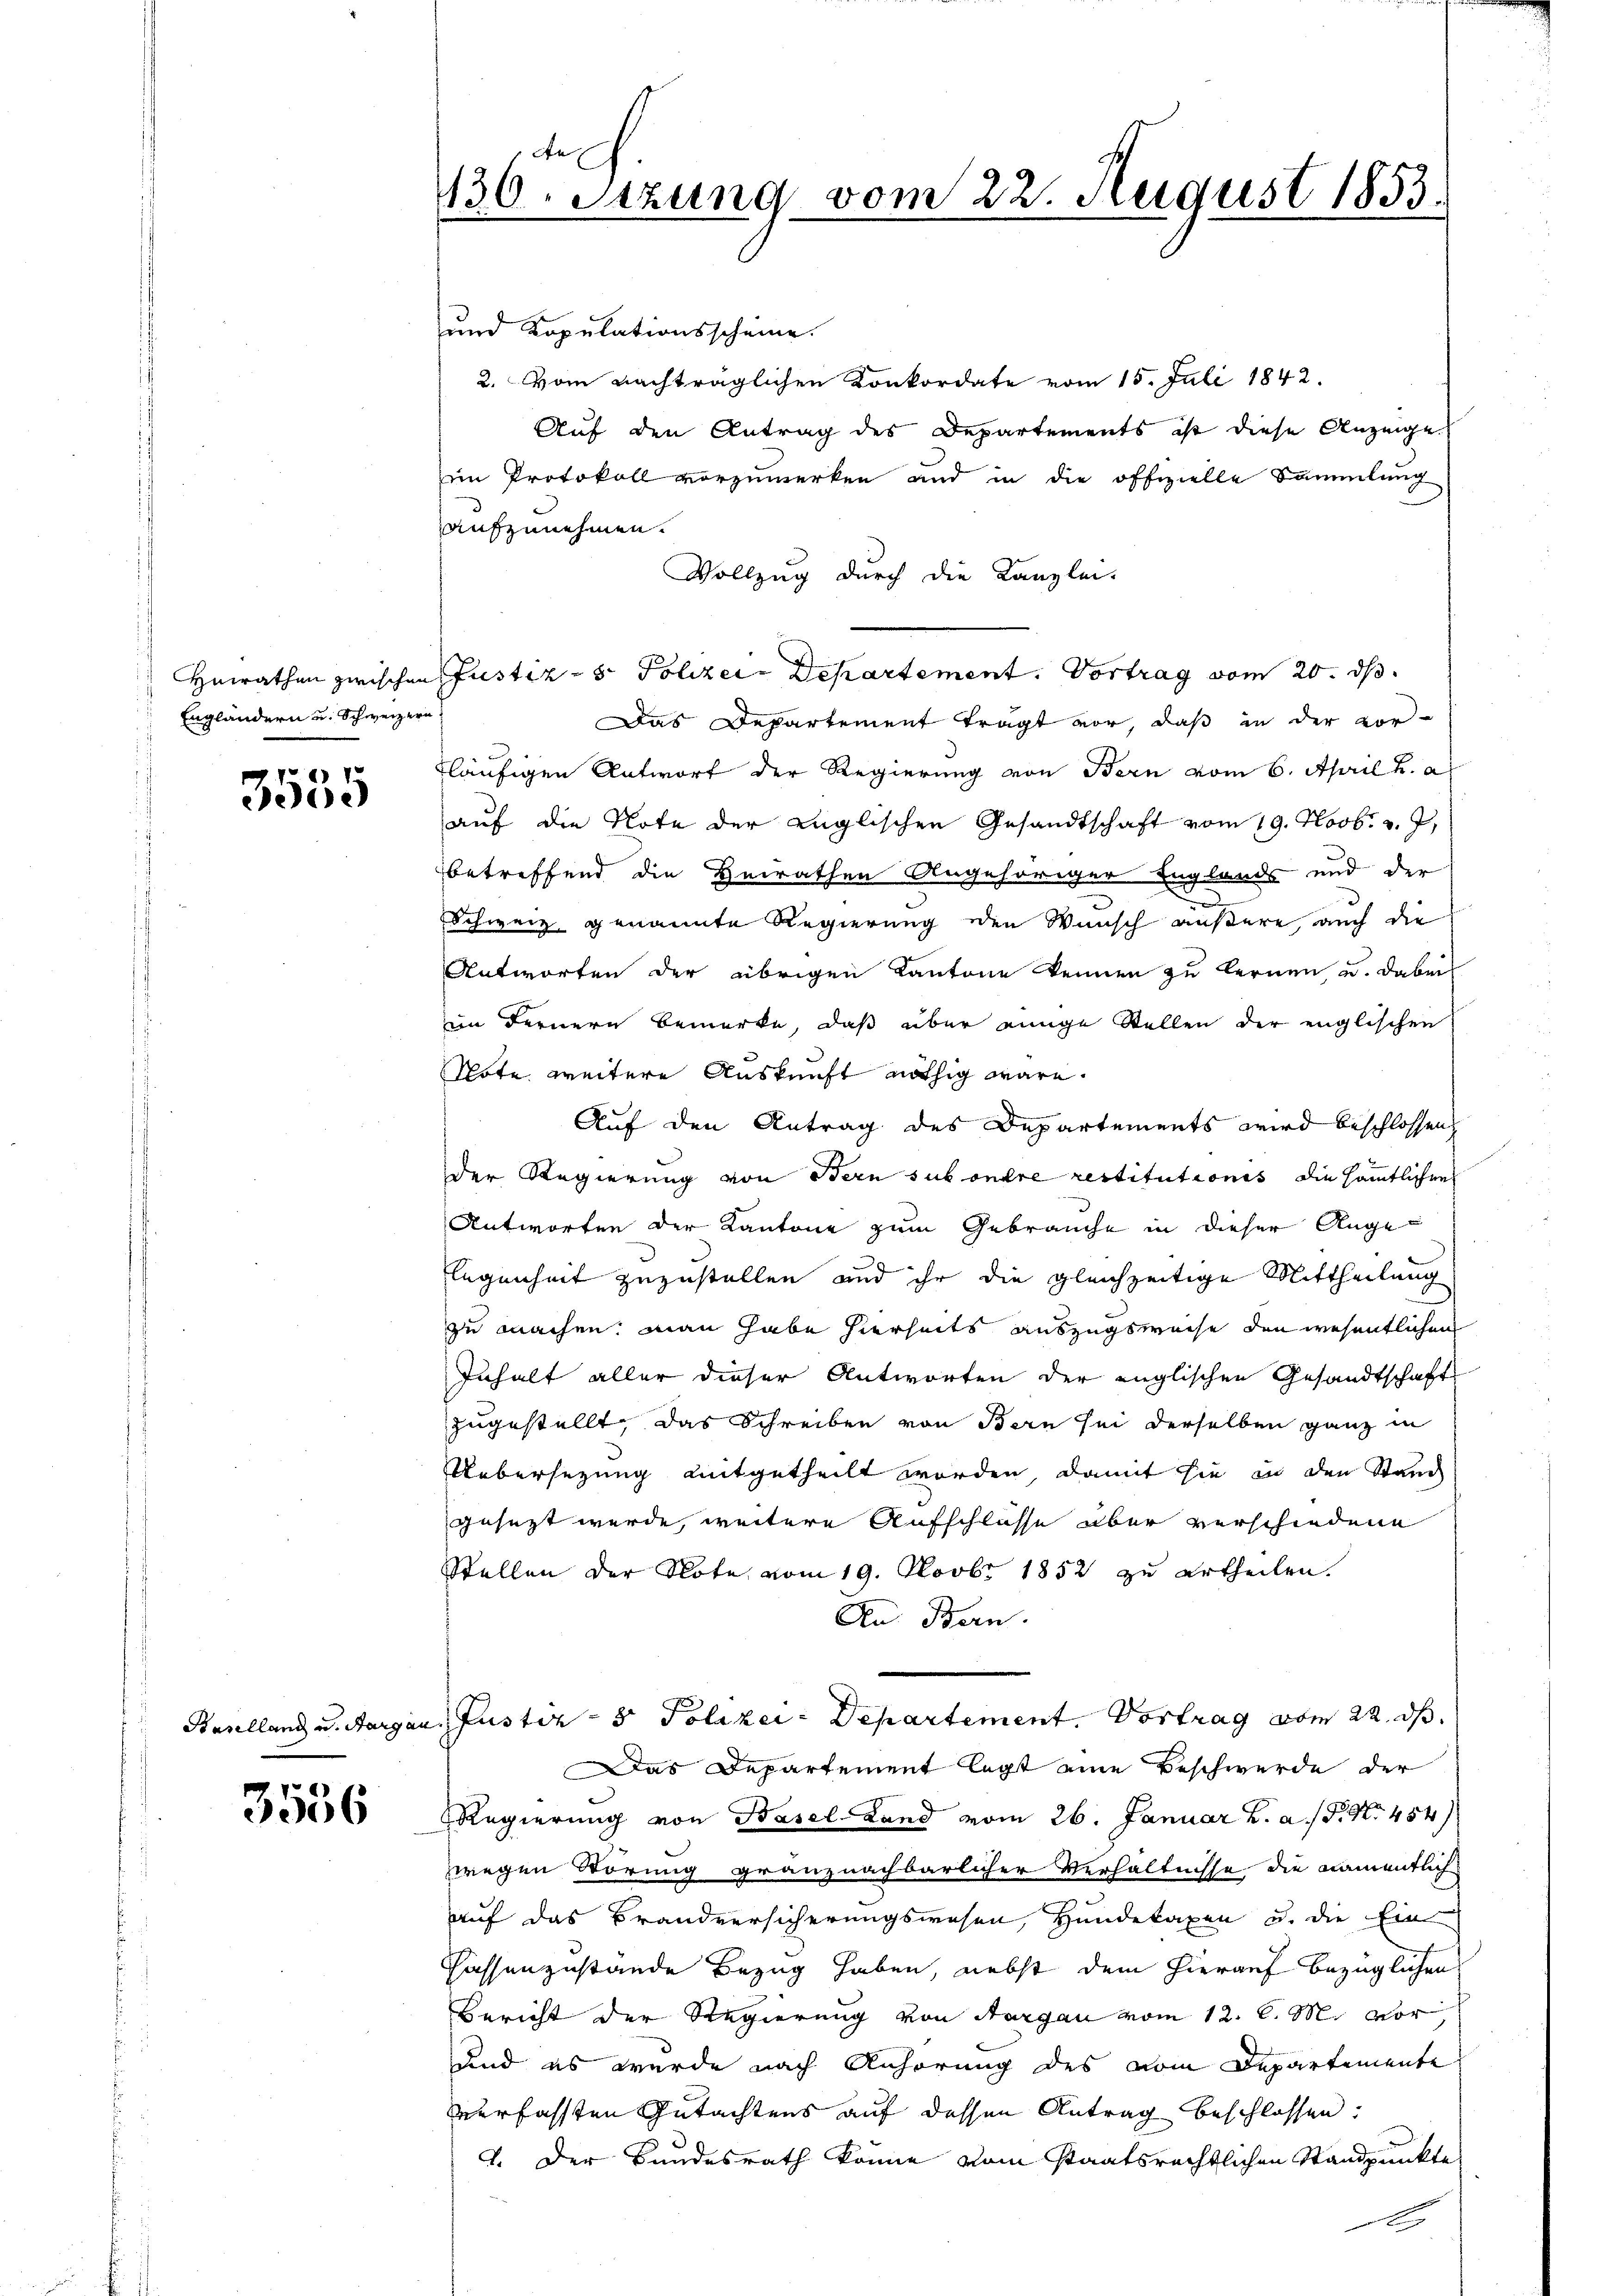
Engländern u. Schweizern

3535

3556

130. Setzung vom 22. August 1853.

und Kopulationsscheine.
2. Vom nachträglichen Konkordate vom 15. Juli 1842.
Auf den Antrag des Departements ist diese Anzeige
im Protokoll vorzumerken und in die offizielle Sammlung
aufzunehmen.
Vollzug durch die Kanzlei-
Heirathen zwischen Justiz- & Polizei- Departement. Vortrag vom 20. ds.
Das Departement tragt vor, daß in der vor-
fläufigen Antwort der Regierung von Bern vom 6. April h. a.
auf die Note der Englischen Gesandtschaft vom 19. Novb. v. J.
betreffend die Heirathen Angehöriger Englands- und der
d
Schweiz genannte Regierung den Wunsch äußere, auch die
Antworten der übrigen Kantone kennen zu lernen und dabei
im Fernern bemerke, daß über einige Stellen der englischen
Note weitere Auskunft nöthig wäre.
Auf den Antrag des Departements wird beschlossen
der Regierung von Bern sub onere restitutionis die sämmtlichen
Antworten der Kantone zum Gebrauche in dieser Angelegenheit zuzustellen und ihr die gleichzeitige Mittheilung
zu machen. Man habe hierseits auszugsweise den wesentlichen
Inhalt aller dieser Antworten der englischen Gesandtschaft
zugestellt, das Schreiben von Bern sei derselben ganz in
Uebersezung mitgetheilt worden, damit sie in den Stand
gesezt werde, weitere Aufschlüsse über verschiedene
Stellen der Note vom 19. Novbr 1852 zu ertheilen.
An Bern.
Haulland u. Aargau, Justiz- & Polizei-Departement. Vortrag vom 22. ds.
Das Departement legt eine Beschwerde der
Regierung von Basel-Land vom 26. Januar B. a. P. Nr. 454
zwegen Wörung gränznachbarlicher Verhältnisse die namentlich
auf das Brandversicherungswesen, Hundetaxen u. die Ein
Cassenzustände Bezug haben, nebst dem hierauf bezüglichen
Bericht der Regierung von Aargau vom 12. l. M. vor,
und es wurde nach Anhörung des vom Departemente
verfassten Gutachtens auf dessen Antrag beschlossen:
1. Der Bundesrath könne vom Staatsrechtlichen Standpunkte
e